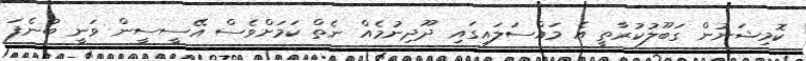
ކޮމިޝަނުން ގަބޫލުކުރާތީ އެ މައްސަލައިގައި ދޫދިނުމެއް ނެތް ކަމަށްވެސް އޭސީސީން ވަނީ ބުނެފަ